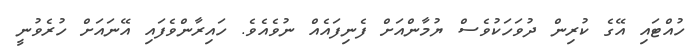
ހުއްޓައި އޭގެ ކުރިން ދުވަހަކުވެސް ޔުމާންއަށް ފެނިފައެއް ނުވެއެވެ. ހައިރާންވެފައި އޭނައަށް ހުރެވުނީ